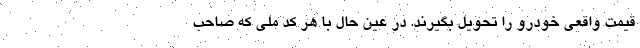
قیمت واقعی خودرو را تحویل بگیرند. در عین حال با هر کد ملی که صاحب